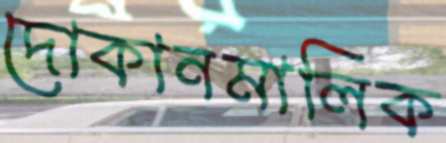
দোকানমালিক